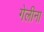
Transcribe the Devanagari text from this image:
गेलीना